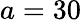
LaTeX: a=30